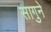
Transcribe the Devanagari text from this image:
सागुने